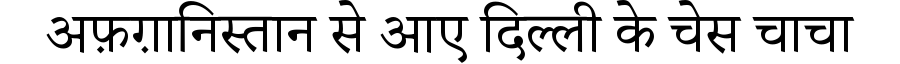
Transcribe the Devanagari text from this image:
अफ़ग़ानिस्तान से आए दिल्ली के चेस चाचा